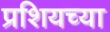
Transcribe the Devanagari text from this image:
प्रशियच्या